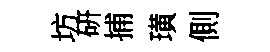
坊硏捕璜側